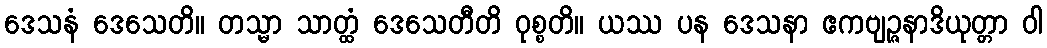
ဒေသနံ ဒေသေတိ။ တသ္မာ သာတ္ထံ ဒေသေတီတိ ဝုစ္စတိ။ ယဿ ပန ဒေသနာ ဧကဗျဉ္ဇနာဒိယုတ္တာ ဝါ